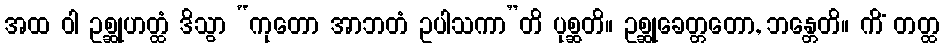
အထ ဝါ ဥစ္ဆုဟတ္ထံ ဒိသွာ “ကုတော အာဘတံ ဥပါသကာ”တိ ပုစ္ဆတိ။ ဥစ္ဆုခေတ္တတော, ဘန္တေတိ။ ကိံ တတ္ထ